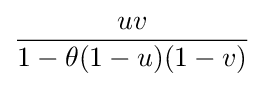
{\frac {uv}{1-\theta (1-u)(1-v)}}